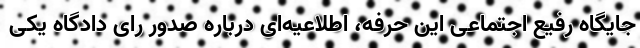
جایگاه رفیع اجتماعی این حرفه، اطلاعیه‌ای درباره صدور رای دادگاه یکی